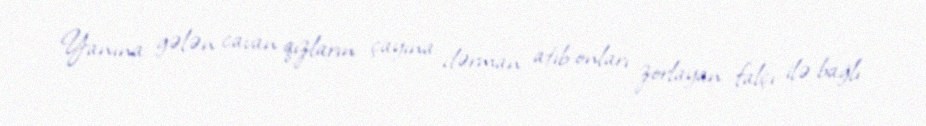
Yanına gələn cavan qızların çayına dərman atıb onları zorlayan falçı ilə bağlı